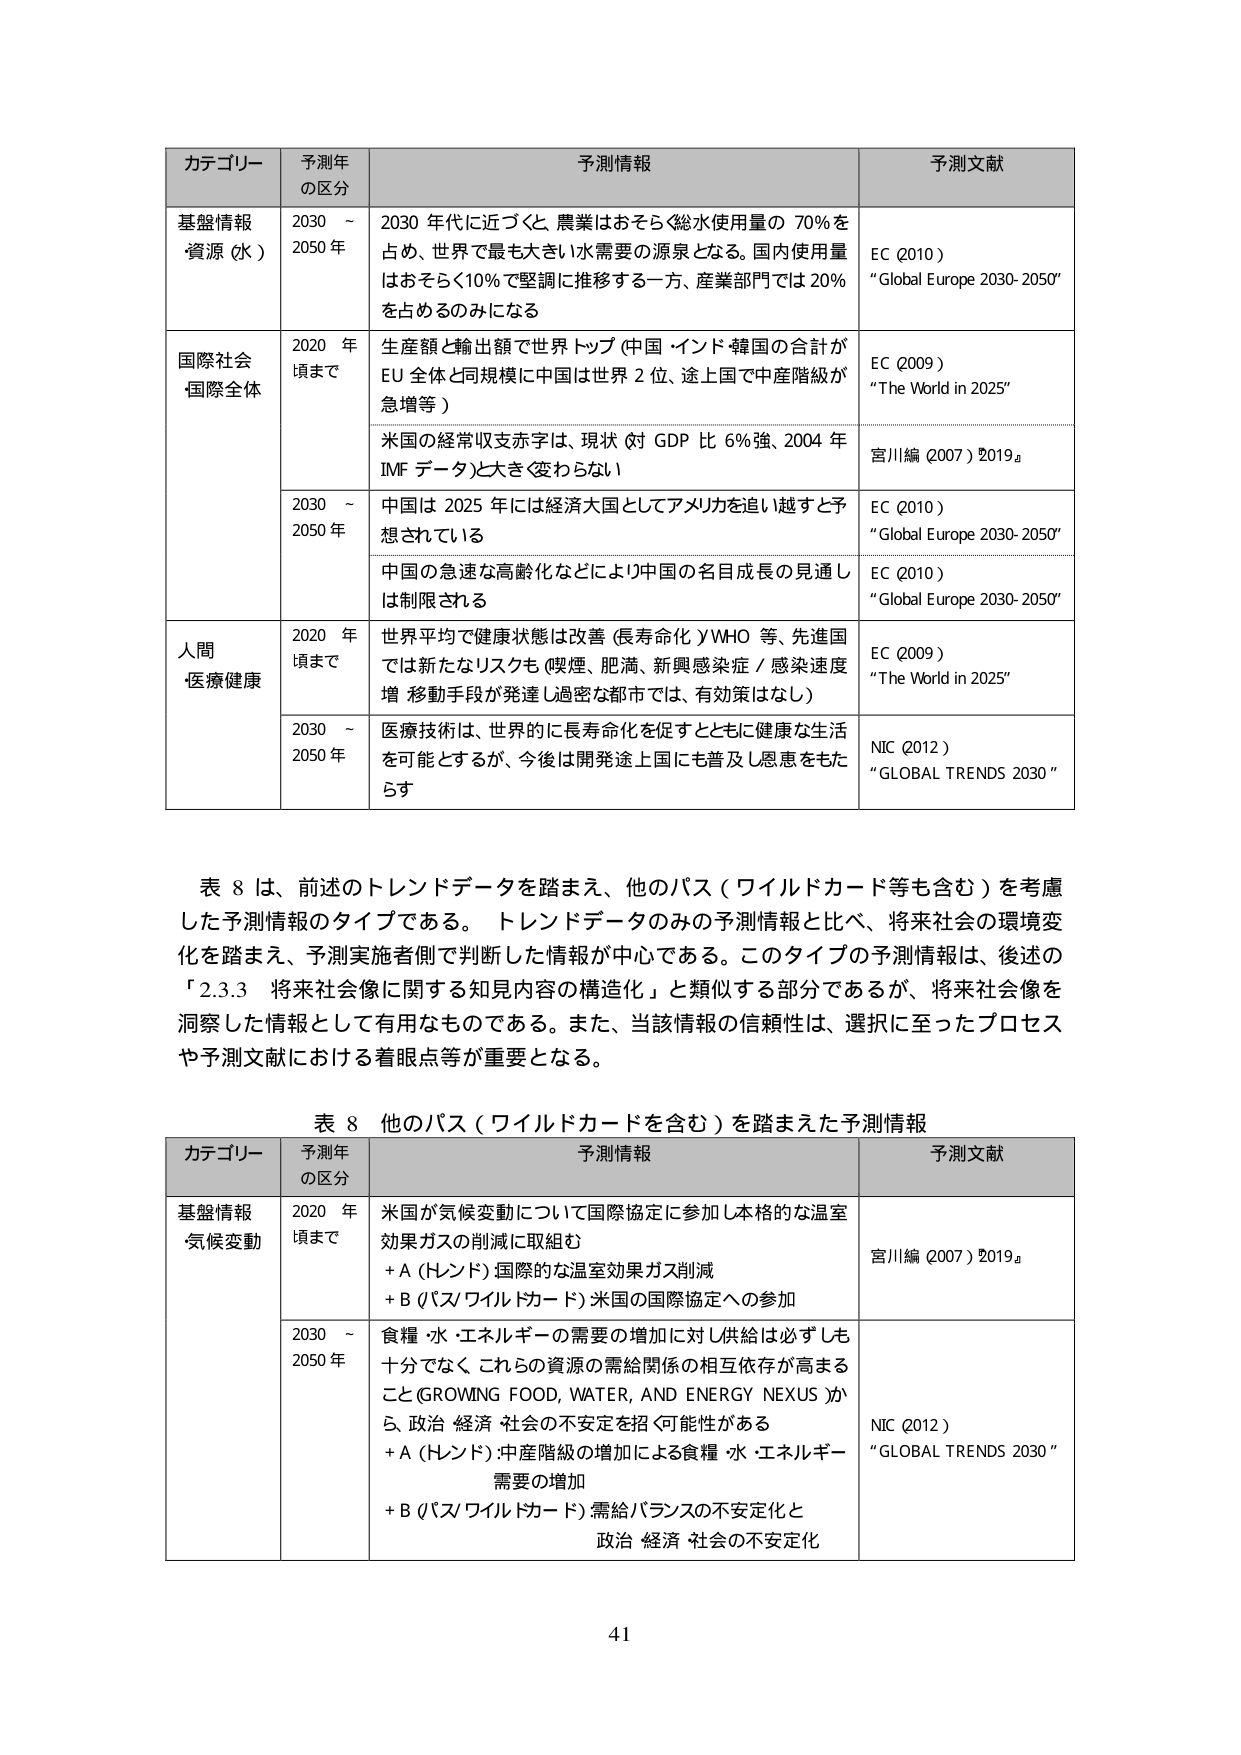
カテゴリー 予測年の区分 予測情報 予測文献
基盤情報・資源（水） 2030～2050年 2030年代に近づくと、農業はおおむね総水使用量の70％を占め、世界で最も大きい水需要の源泉となる。国内使用量はおおむね10％で堅調に推移する一方、産業部門では20％を占めるのみになる EC（2010） “Global Europe 2030-2050”
国際社会・国際全体 2020年頃まで 生産額と輸出額で世界トップ（中国・インド・韓国の合計がEU全体と同規模に中国は世界2位、途上国で中産階級が急増等） EC（2009） “The World in 2025”
米国の経常収支赤字は、現状（対GDP比6％強、2004年IMFデータ）と大きく変わらない 宮川編（2007）『2019』
2030～2050年 中国は2025年には経済大国としてアメリカを追い越すと予想されている EC（2010） “Global Europe 2030-2050”
中国の急速な高齢化などにより中国の名目成長の見通しは制限される EC（2010） “Global Europe 2030-2050”
人間・医療健康 2020年頃まで 世界平均で健康状態は改善（長寿化）WHO等、先進国では新たなリスクも（喫煙、肥満、新興感染症／感染速度増、移動手段が発達し過密な都市では、有効策はなし） EC（2009） “The World in 2025”
2030～2050年 医療技術は、世界的に長寿化を促すとともに健康な生活を可能とするが、今後は開発途上国にも普及し恩恵をもたらす NIC（2012） “GLOBAL TRENDS 2030”

表8は、前述のトレンドデータを踏まえ、他のパス（ワイルドカード等も含む）を考慮した予測情報のタイプである。トレンドデータのみの予測情報と比べ、将来社会の環境変化を踏まえ、予測実施者側で判断した情報が中心である。このタイプの予測情報は、後述の「2.3.3 将来社会像に関する知見内容の構造化」と類似する部分であるが、将来社会像を洞察した情報として有用なものである。また、当該情報の信頼性は、選択に至ったプロセスや予測文献における着眼点等が重要となる。

表8 他のパス（ワイルドカードを含む）を踏まえた予測情報
カテゴリー 予測年の区分 予測情報 予測文献
基盤情報・気候変動 2020年頃まで 米国が気候変動について国際協定に参加し本格的な温室効果ガスの削減に取組む +A（ハンド）国際的な温室効果ガス削減 +B（パス/ワイルドカード）米国の国際協定への参加 宮川編（2007）『2019』
2030～2050年 食糧・水・エネルギーの需要の増加に対し供給は必ずしも十分でなく、これらの資源の需給関係の相互依存が高まる（GROWING FOOD, WATER, AND ENERGY NEXUS）から、政治・経済・社会の不安定を招く可能性がある +A（ハンド）：中産階級の増加による食糧・水・エネルギー需要の増加 +B（パス/ワイルドカード）需給バランスの不安定化と政治・経済・社会の不安定化 NIC（2012） “GLOBAL TRENDS 2030”

41